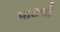
પાટલો